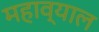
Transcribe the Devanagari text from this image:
महाव्याल